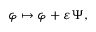
\varphi \mapsto \varphi + \varepsilon \Psi ,